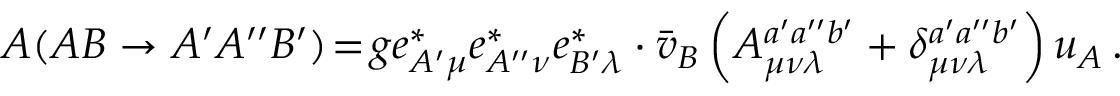
{ \cal A } ( A B \to A ^ { \prime } A ^ { \prime \prime } B ^ { \prime } ) \! = \! g e _ { A ^ { \prime } \mu } ^ { * } e _ { A ^ { \prime \prime } \nu } ^ { * } e _ { B ^ { \prime } \lambda } ^ { * } \cdot \bar { v } _ { B } \left( A _ { \mu \nu \lambda } ^ { a ^ { \prime } a ^ { \prime \prime } b ^ { \prime } } + \delta _ { \mu \nu \lambda } ^ { a ^ { \prime } a ^ { \prime \prime } b ^ { \prime } } \right) u _ { A } \, .